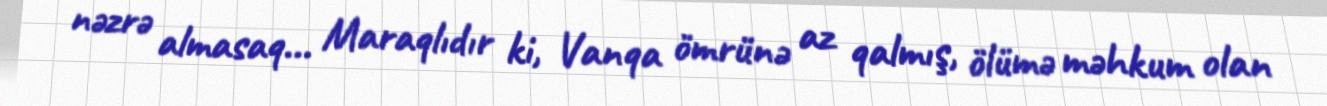
nəzrə almasaq... Maraqlıdır ki, Vanqa ömrünə az qalmış, ölümə məhkum olan